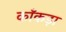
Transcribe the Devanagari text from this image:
काँकड़ा